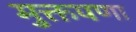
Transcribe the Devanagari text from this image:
मुक्तपणा